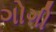
ગોગી